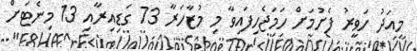
މިއަދު ހަވީރު ފެށުމަށް ހަމަޖެހިފައިވާ މި މުޒާހަރާ 73 ގަޑިއިރާއި 13 މިނެޓަށް